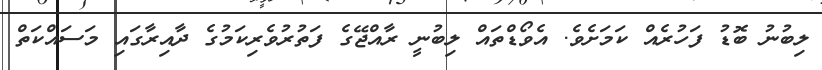
ލިބުނު ބޮޑު ފަހުރެއް ކަމަށެވެ. އެވޯޑްތައް ލިބުނީ ރާއްޖޭގެ ފަތުރުވެރިކަމުގެ ދާއިރާގައި މަސައްކަތް